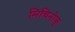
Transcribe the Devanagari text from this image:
मिचिनोकू